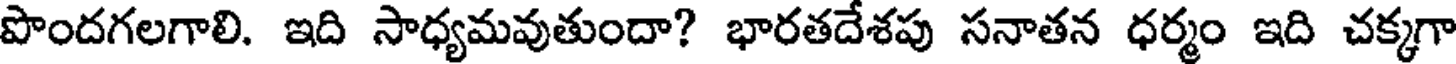
పొందగలగాలి. ఇది సాధ్యమవుతుందా? భారతదేశపు సనాతన ధర్మం ఇది చక్కగా